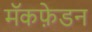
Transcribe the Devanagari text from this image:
मॅकफ़ेडन